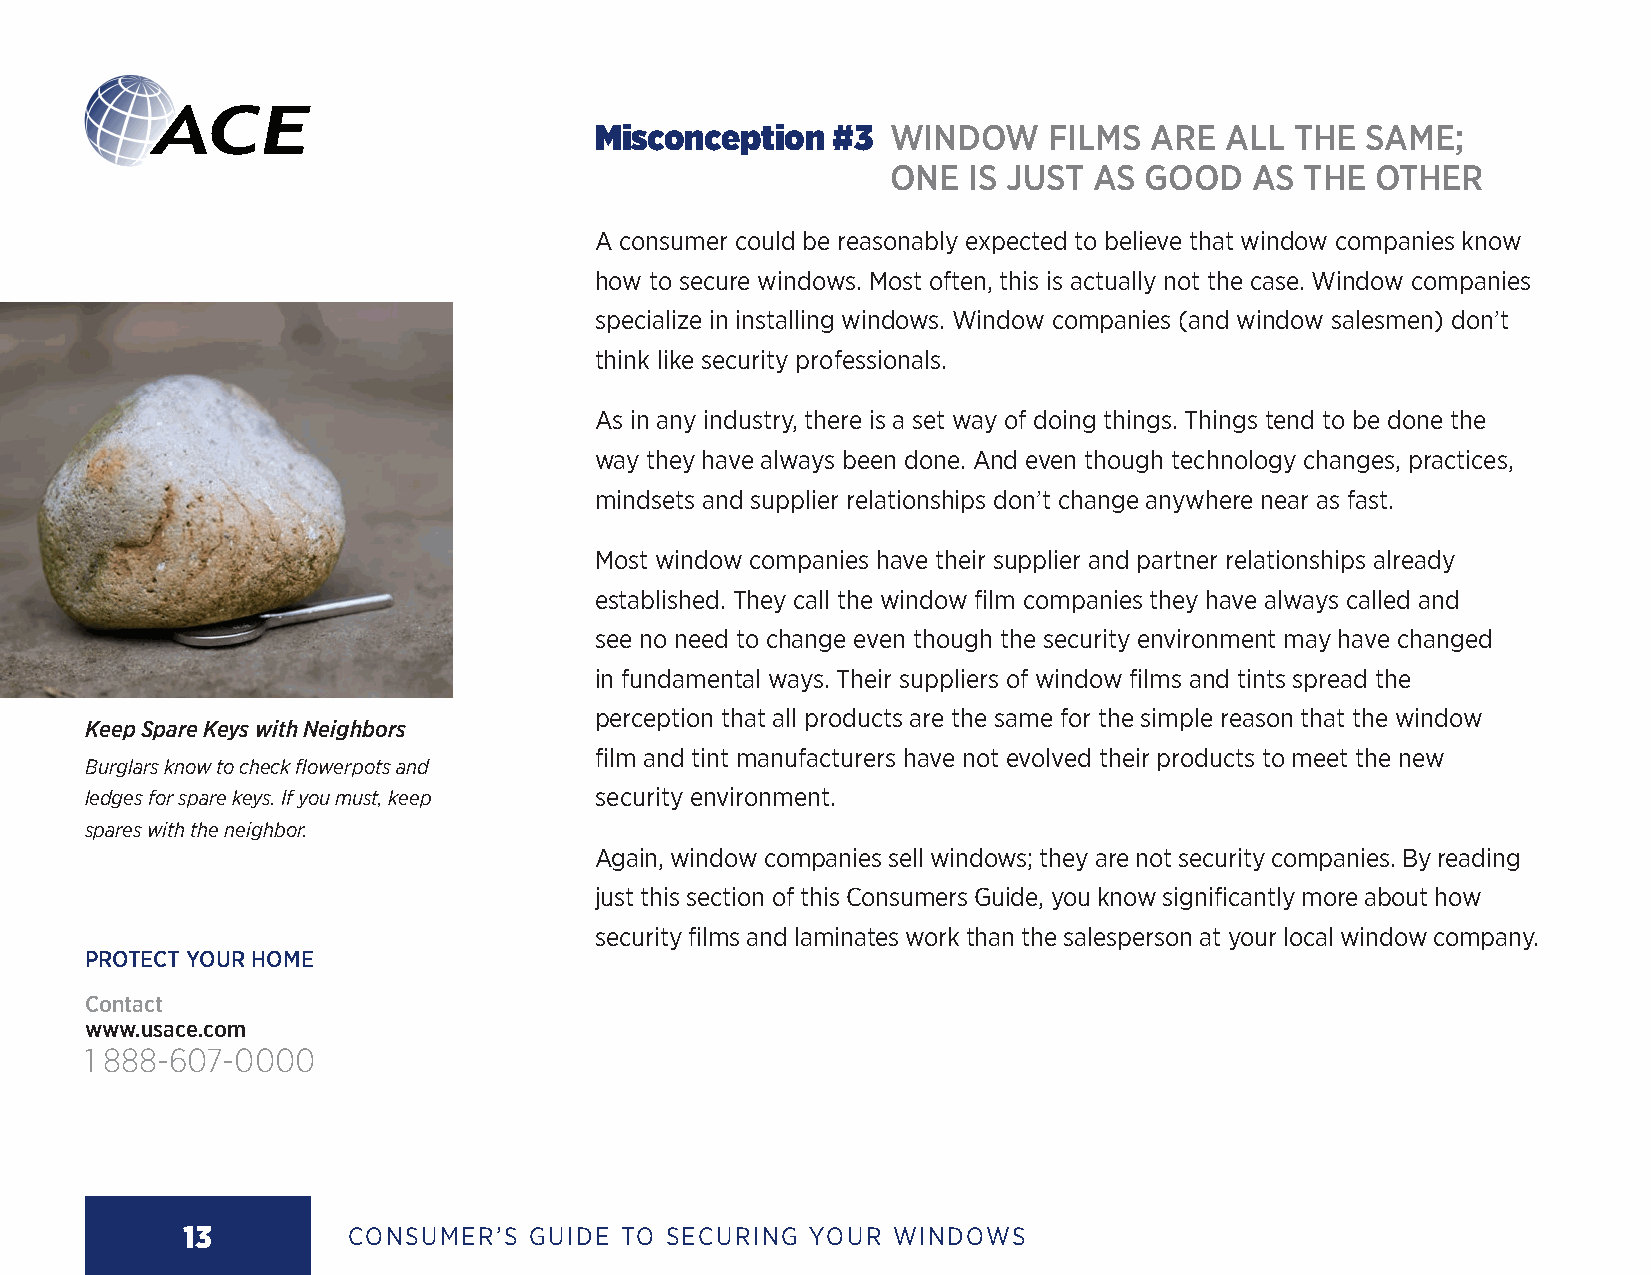
Misconception   #3  W INDOW   FILMS  ARE  ALL  THE SAME;
 ONE  IS JUST AS  GOOD   AS THE  OTHER
 A consumer could be reasonably expected to believe that window companies know
 how to secure windows. Most often, this is actually not the case. Window companies
 specialize in installing windows. Window companies (and window salesmen) don’t
 think like security professionals.
 As in any industry, there is a set way of doing things. Things tend to be done the
 way they have always been done. And even though technology changes, practices,
 mindsets and supplier relationships don’t change anywhere near as fast.
 Most window companies have their supplier and partner relationships already
 established. They call the window film companies they have always called and
 see no need to change even though the security environment may have changed
 in fundamental ways. Their suppliers of window films and tints spread the
 perception that all products are the same for the simple reason that the window
 Keep Spare Keys with Neighbors
 film and tint manufacturers have not evolved their products to meet the new
 Burglars know to check flowerpots and
 ledges for spare keys. If you must, keep security environment.
 spares with the neighbor.
 Again, window companies sell windows; they are not security companies. By reading
 just this section of this Consumers Guide, you know significantly more about how
 security films and laminates work than the salesperson at your local window company.
 PROTECT YOUR HOME
 Contact
 www.usace.com
 1 888-607-0000
 13         CONSUMER’S  GUIDE TO SECURING YOUR  WINDOWS